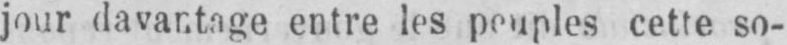
jour davantage entre les peuples cette so-